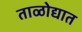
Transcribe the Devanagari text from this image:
ताळोद्यात